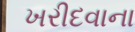
ખરીદવાના